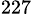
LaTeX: ^{227}